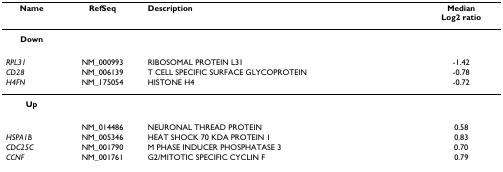
<table><thead><tr><td><b>Name</b></td><td><b>RefSeq</b></td><td><b>Description</b></td><td><b>MedianLog2 ratio</b></td></tr></thead><tbody><tr><td><b>Down</b></td><td></td><td></td><td></td></tr><tr><td><i>RPL31</i></td><td>NM_000993</td><td>RIBOSOMAL PROTEIN L31</td><td>-1.42</td></tr><tr><td><i>CD28</i></td><td>NM_006139</td><td>T CELL SPECIFIC SURFACE GLYCOPROTEIN</td><td>-0.78</td></tr><tr><td><i>H4FN</i></td><td>NM_175054</td><td>HISTONE H4</td><td>-0.72</td></tr><tr><td><b>Up</b></td><td></td><td></td><td></td></tr><tr><td></td><td>NM_014486</td><td>NEURONAL THREAD PROTEIN</td><td>0.58</td></tr><tr><td><i>HSPA1B</i></td><td>NM_005346</td><td>HEAT SHOCK 70 KDA PROTEIN 1</td><td>0.83</td></tr><tr><td><i>CDC25C</i></td><td>NM_001790</td><td>M PHASE INDUCER PHOSPHATASE 3</td><td>0.70</td></tr><tr><td><i>CCNF</i></td><td>NM_001761</td><td>G2/MITOTIC SPECIFIC CYCLIN F</td><td>0.79</td></tr></tbody></table>